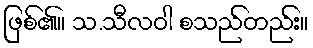
ဖြစ်၏။ သ.သီလဝါ စသည်တည်း။